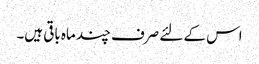
اس کے لئے صرف چند ماہ باقی ہیں۔